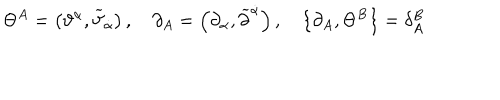
\Theta ^ { A } = \left( \vartheta ^ { \alpha } , \widetilde { \vartheta } _ { \dot { \alpha } } \right) , \quad \partial _ { A } = \left( \partial _ { \alpha } , \widetilde { \partial } ^ { \dot { \alpha } } \right) , \quad \left\{ \partial _ { A } , \Theta ^ { B } \right\} = \delta _ { A } ^ { B }